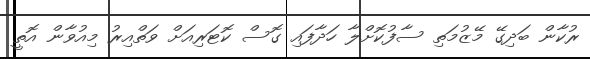
ރުކާން ބަދިގޭ މޭޒުމަތި ސާފުކޮށްލާ ހަދާފައި ގޮސް ކޮޓަރިއަށް ވަތްއިރު މިއުވާން އޮތީ